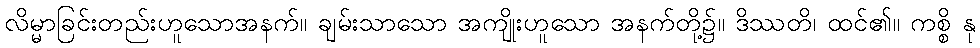
လိမ္မာခြင်းတည်းဟူသောအနက်။ ချမ်းသာသော အကျိုးဟူသော အနက်တို့၌။ ဒိဿတိ၊ ထင်၏။ ကစ္စိ နု